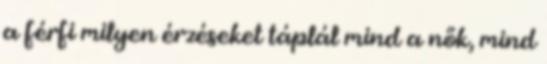
a férfi milyen érzéseket táplál mind a nők, mind